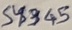
Text: S4345